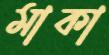
মাকা